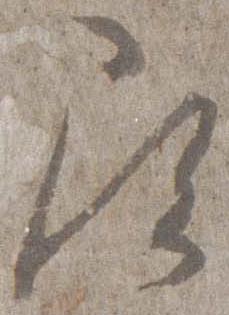
尋